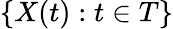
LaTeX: \{ X(t):t\in T\}